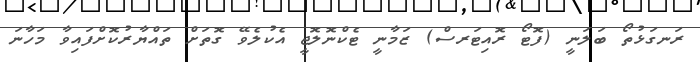
ރަނގަޅުތޯ ބަލަނީ (ފޮޓޯ ރޮއިޓަރސް) ޒަމާނީ ޓެކްނޮލޮޖީ އެކުލެވޭ ގޮތަށް ތައްޔާރުކޮށްފައިވާ މަހާނަ